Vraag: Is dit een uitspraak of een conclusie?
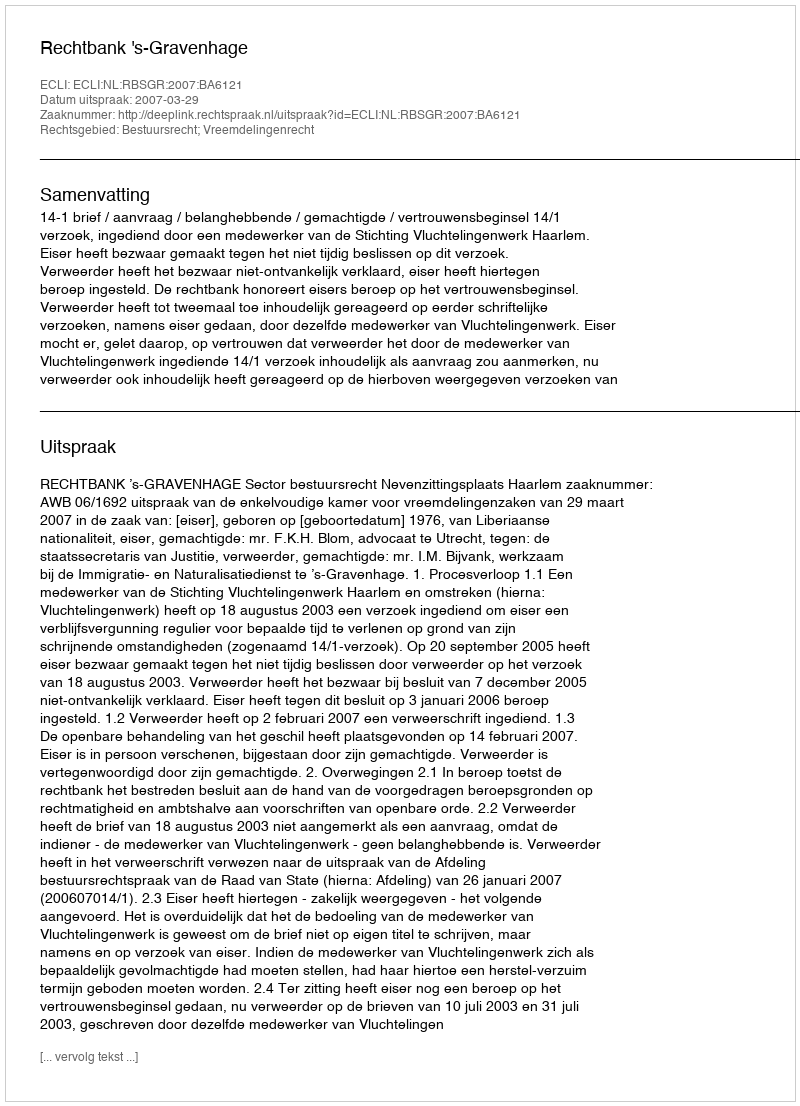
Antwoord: Uitspraak